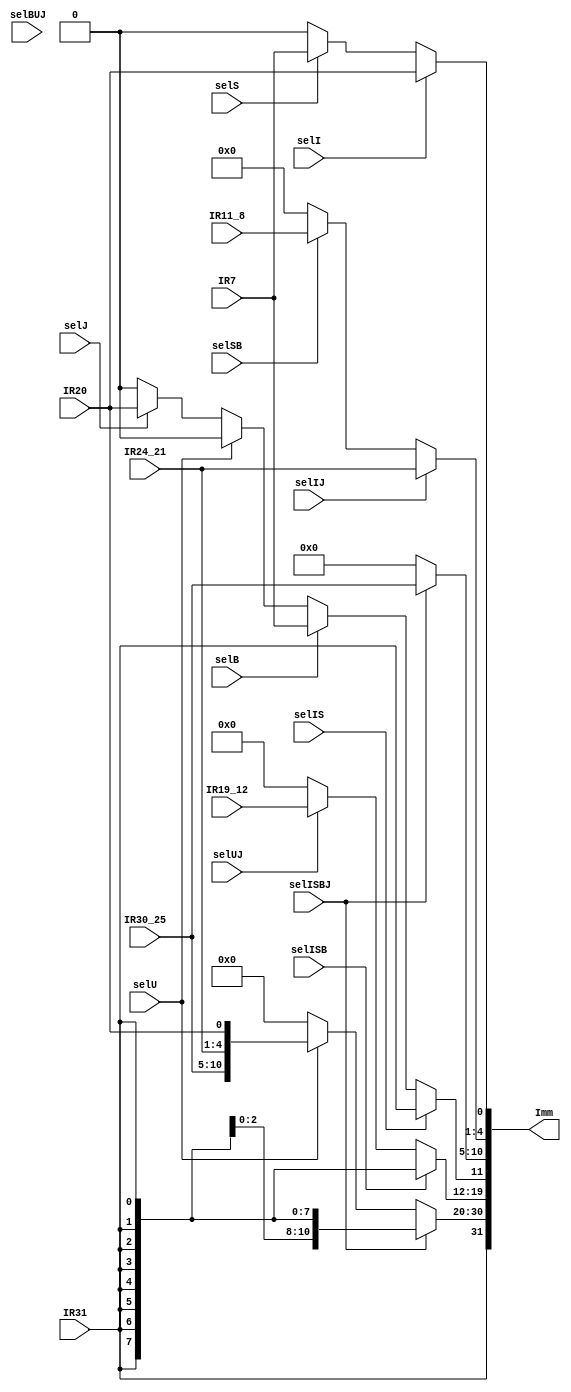
// **************************************************************************************
// Project: AFTAB
// Version: 1.0
// Date:
//
// Module Name: aftab_immSelSignExt
// Description:
//
// Dependencies:
//
// File content description:
// immSelSignExt for AFTAB datapath
//
// **************************************************************************************
`timescale 1ns/1ns

module aftab_immSelSignExt #(parameter size = 32) (
    input IR7,
    input IR20,
    input IR31,
    input [3:0] IR11_8,
    input [7:0] IR19_12,
    input [3:0] IR24_21,
    input [5:0] IR30_25,
    input selI,
    input selS,
    input selBUJ,
    input selIJ,
    input selSB,
    input selU,
    input selISBJ,
    input selIS,
    input selB,
    input selJ,
    input selISB,
    input selUJ,
    output [size-1:0] Imm
);

    assign Imm [0] = (selI == 1'b1) ? IR20 :
                     (selS == 1'b1) ? IR7 :
                     (selBUJ == 1'b1) ? 1'b0 :
                     1'b0;

    assign Imm [4:1] = (selIJ == 1'b1) ? IR24_21 :
                       (selSB == 1'b1) ? IR11_8 :
                       (selU == 1'b1) ? 4'b0000 :
                       4'b0000;

    assign Imm [10:5] = (selISBJ == 1'b1) ? IR30_25 :
                        (selU == 1'b1) ? 5'b00000 :
                        5'b00000;

    assign Imm[11] = (selIS == 1'b1) ? IR31 :
                     (selB == 1'b1) ? IR7 :
                     (selU == 1'b1) ? 1'b0 :
                     (selJ == 1'b1) ? IR20 :
                     1'b0;

    assign Imm[19:12] = (selISB == 1'b1) ? {(8){IR31}} :
                        (selUJ == 1'b1) ? IR19_12 :
                        8'b00000000;

    assign Imm[30:20] = (selISBJ == 1'b1) ? {(11){IR31}} :
                        (selU == 1'b1) ? {IR30_25, IR24_21, IR20} :
                        11'b00000000000;

    assign Imm[31] = IR31;

endmodule